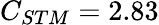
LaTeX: C_{STM}=2.83